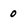
Character: 0